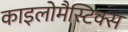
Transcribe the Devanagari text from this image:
काइलोमैस्टिक्स